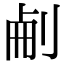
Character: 𠜐